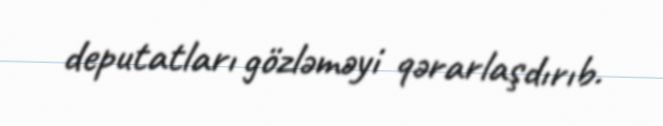
deputatları gözləməyi qərarlaşdırıb.